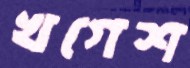
খগেশ